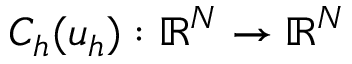
C _ { h } ( \boldsymbol { u } _ { h } ) : \mathbb { R } ^ { N } \rightarrow \mathbb { R } ^ { N }